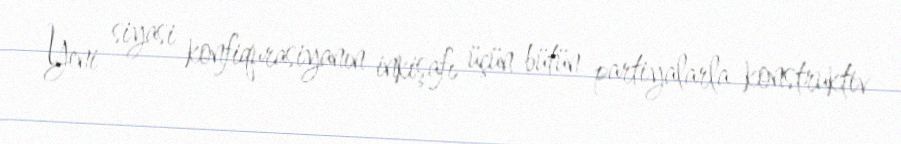
Yeni siyasi konfiqurasiyanın inkişafı üçün bütün partiyalarla konstruktiv